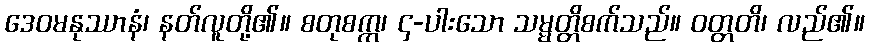
ဒေဝမနုဿာနံ၊ နတ်လူတို့၏။ စတုစက္က၊ ၄-ပါးသော သမ္မတ္တိစက်သည်။ ဝတ္တတိ၊ လည်၏။